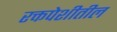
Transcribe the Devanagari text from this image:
रक्तपेशीतील